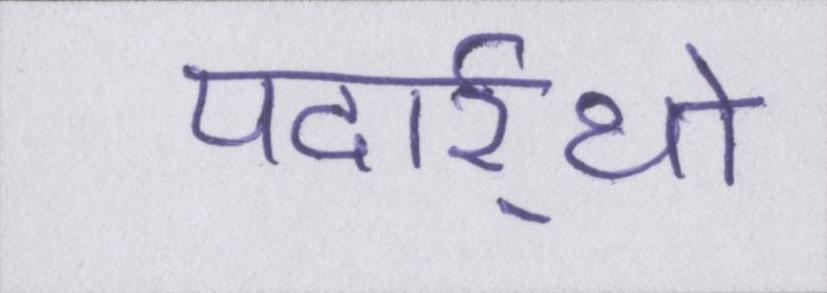
पदार्र्थो